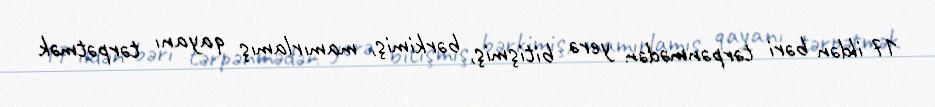
17 ildən bəri tərpənmədən yerə bitişmiş, bərkimiş, mamırlamış qayanı tərpətmək